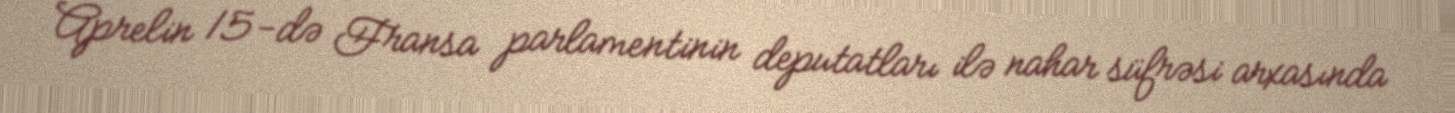
Aprelin 15-də Fransa parlamentinin deputatları ilə nahar süfrəsi arxasında